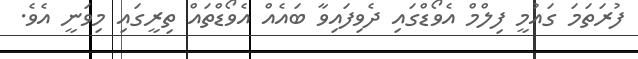
ފުރަތަމަ ގައުމީ ފިލްމް އެވޯޑްގައި ދެވިފައިވާ ބައެއް އެވޯޑްތައް ތިރީގައި މިވަނީ އެވެ.